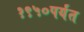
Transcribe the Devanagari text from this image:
१९५०पर्यंत